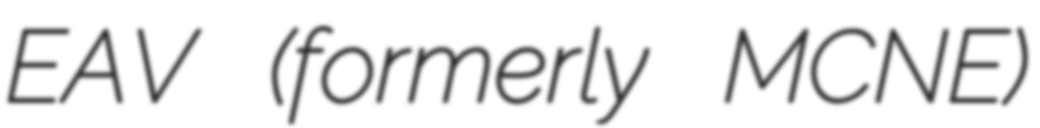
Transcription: EAV (formerly MCNE)